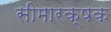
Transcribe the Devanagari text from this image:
सीमारक्षक